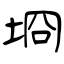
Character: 埛